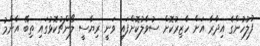
ފުލުހުންގެ އިދާރާ އަށް ހާޒިރުކޮށް ސުވާލުކޮށްފައި ވަނީ ރިޔާސީ ލޯންޗުކޮޅުގައި ތިިބޭ އާންމު